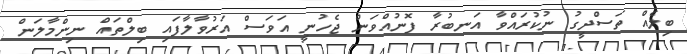
ބިލެއް ތަސްދީގު ނުކުރައްވާ އަނބުރާ ފޮނުއްވަން ޖެހުނީ އަވަސް އަރުވާލާފައި ބިލްތައް ނިންމާލަން